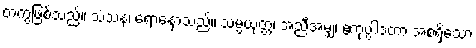
တကွဖြစ်သည်။ သံသနံ၊ ရောနှောသည်။ သမ္ပယုတ္တံ၊ အညီအမျှ၊ ဧကုပ္ပါဒတာ အစရှိသော